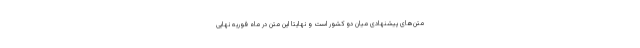
متن‌های پیشنهادی میان دو کشور است و نهایتا این متن در ماه فوریه نهایی